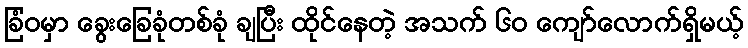
ခြံဝမှာ ခွေးခြေခုံတစ်ခုံ ချပြီး ထိုင်နေတဲ့ အသက် ၆၀ ကျော်လောက်ရှိမယ့်